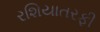
રશિયાતરફી